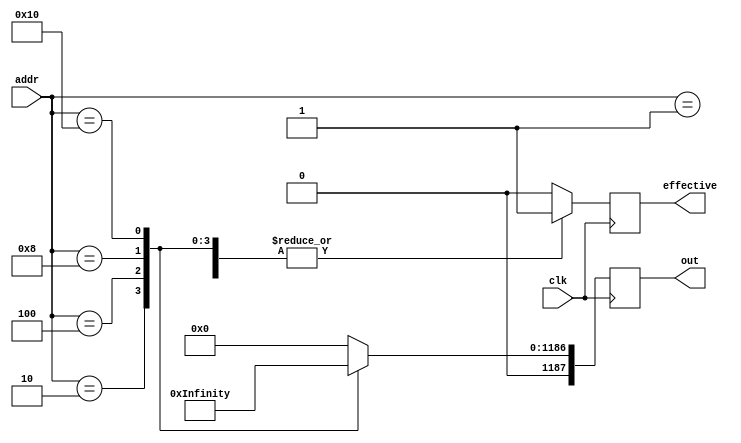
`define M     593         // M is the degree of the irreducible polynomial
`define WIDTH (2*`M-1)    // width for a GF(3^M) element
`define WIDTH_D0 1187
`define M     593         // M is the degree of the irreducible polynomial
`define WIDTH (2*`M-1)    // width for a GF(3^M) element
`define WIDTH_D0 1187
`define M     593         // M is the degree of the irreducible polynomial
`define WIDTH (2*`M-1)    // width for a GF(3^M) element
`define WIDTH_D0 1187
`define M     593         // M is the degree of the irreducible polynomial
`define WIDTH (2*`M-1)    // width for a GF(3^M) element
`define WIDTH_D0 1187
`define M     593         // M is the degree of the irreducible polynomial
`define WIDTH (2*`M-1)    // width for a GF(3^M) element
`define WIDTH_D0 1187

module const_ (clk, addr, out, effective);
    input clk;
    input [5:0] addr;
    output reg [`WIDTH_D0:0] out;
    output reg effective; // active high if out is effective
    
    always @ (posedge clk)
      begin
         effective <= 1;
         case (addr)
            1:  out <= 0;
            2:  out <= 1;
            4:  out <= {6'b000101, 1182'd0};
            8:  out <= {6'b001001, 1182'd0};
            16: out <= {6'b010101, 1182'd0};
            default: 
               begin out <= 0; effective <= 0; end
         endcase
      end
endmodule